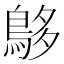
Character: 𪀓